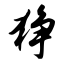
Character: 狰